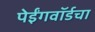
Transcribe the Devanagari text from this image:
पेईंगवॉर्डचा